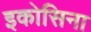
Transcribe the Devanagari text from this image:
इकोसिना